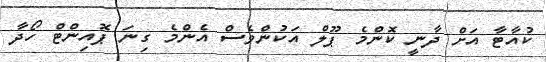
ކުއާޓާ އަށް ދާނީ ކޮންމެ ޕޫލް އަކުންވެސް އެންމެ ގިނަ ޕޮއިންޓް ހޯދާ